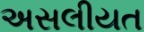
અસલીયત